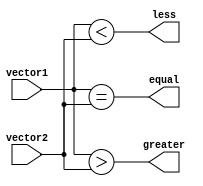
module comparator(
    input [31:0] vector1,
    input [31:0] vector2,
    output wire equal,
    output wire greater,
    output wire less
);

assign equal = (vector1 == vector2);
assign greater = (vector1 > vector2);
assign less = (vector1 < vector2);

endmodule